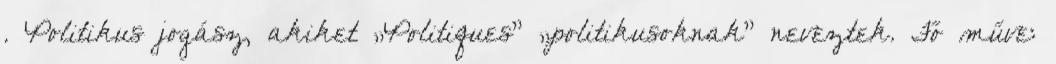
. Politikus jogász, akiket „Politiques” „politikusoknak” neveztek. Fő műve: